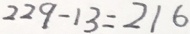
2 2 9 - 1 3 = 2 1 6